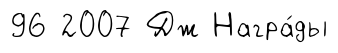
96 2007 Дж Награ́ды